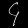
Digit: ၄